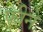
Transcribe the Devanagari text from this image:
फीने